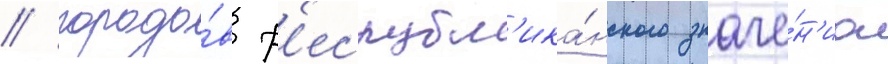
/ городо́в р'еспубл'ика́нского значе́н'иа